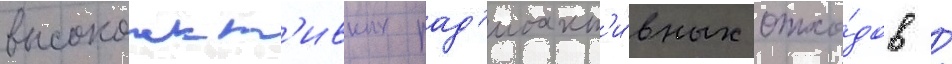
высокоакт'ивных рад'иоакт'и́вных отхо́дов /